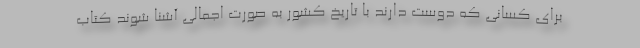
برای کسانی که دوست دارند با تاریخ کشور به صورت اجمالی آشنا شوند کتاب